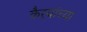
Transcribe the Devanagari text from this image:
कैऱ्यांच्या